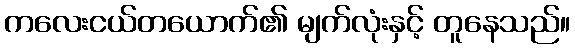
ကလေးငယ်တယောက်၏ မျက်လုံးနှင့် တူနေသည်။